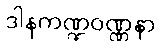
ဒါနကဏ္ဍဝဏ္ဏနာ